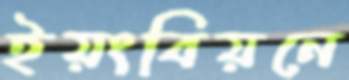
ইয়ংবিয়নে